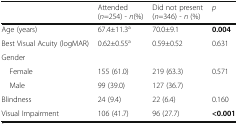
<table><thead><tr><td></td><td><b>Attended(<i>n</i>=254) - <i>n</i>(%)</b></td><td><b>Did not present(<i>n</i>=346) - <i>n</i> (%)</b></td><td><b><i>p</i></b></td></tr></thead><tbody><tr><td>Age (years)</td><td>67.4±11.3<sup>a</sup></td><td>70.0±9.1</td><td><b>0.004</b></td></tr><tr><td>Best Visual Acuity (logMAR)</td><td>0.62±0.55<sup>a</sup></td><td>0.59±0.52</td><td>0.631</td></tr><tr><td colspan="4">Gender</td></tr><tr><td> Female</td><td>155 (61.0)</td><td>219 (63.3)</td><td rowspan="2">0.571</td></tr><tr><td> Male</td><td>99 (39.0)</td><td>127 (36.7)</td></tr><tr><td>Blindness</td><td>24 (9.4)</td><td>22 (6.4)</td><td>0.160</td></tr><tr><td>Visual Impairment</td><td>106 (41.7)</td><td>96 (27.7)</td><td><b>&lt;0.001</b></td></tr></tbody></table>